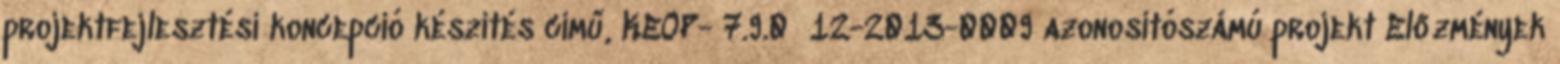
projektfejlesztési koncepció készítés című, KEOP- 7.9.0 12-2013-0009 azonosítószámú projekt Előzmények